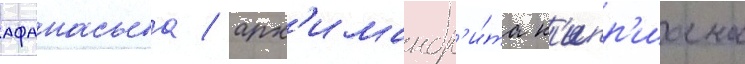
афанасьева / арх'имандр'и́та к'ипр'иана